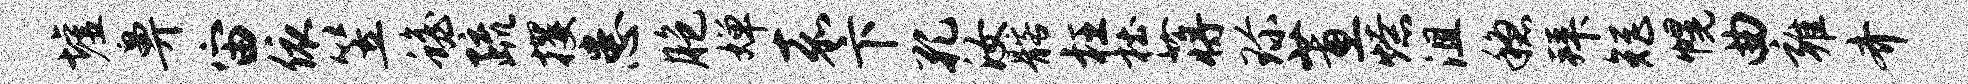
墟鼻宙依笠蟾疏攫患胞婵嘉卞孔汝髂枉杜蒋珍蕙燎沮稳拜矩幌曲雍齐